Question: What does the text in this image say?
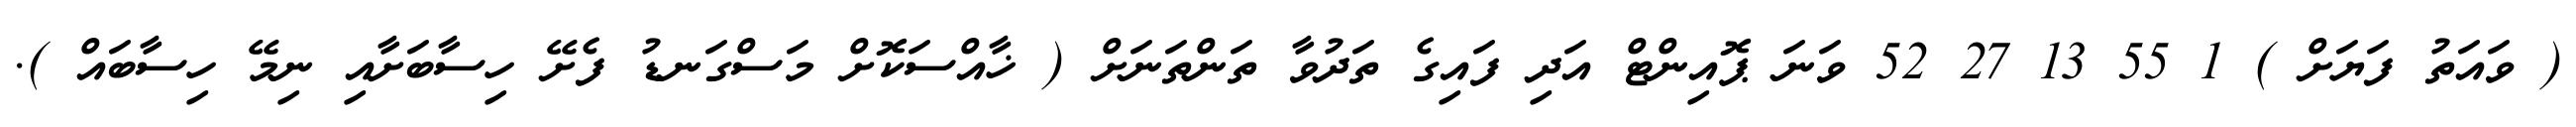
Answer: ( ވައަތު ފަޔަށް ) 1 55 13 27 52 ވަނަ ޕޮއިންޓް އަދި ފައިގެ ތަދުވާ ތަންތަނަށް ( ޚާއްސަކޮށް މަސްގަނޑު ފެށޭ ހިސާބަށާއި ނިމޭ ހިސާބައް ).